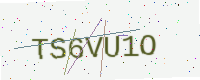
Text: TS6VU1O